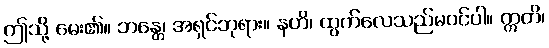
ဤသို့ မေး၏။ ဘန္တေ၊ အရှင်ဘုရား။ နဟိ၊ ထွက်လေသည်မဝင်ပါ။ ဣတိ၊